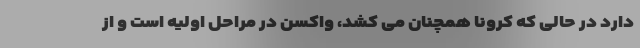
دارد در حالی که کرونا همچنان می کشد، واکسن در مراحل اولیه است و از